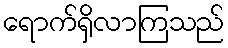
ရောက်ရှိလာကြသည်